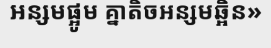
អន្សមផ្អូម គ្នាតិចអន្សមឆ្អិន»